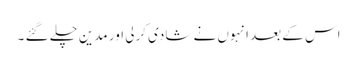
اس کے بعد انہوں نے شادی کرلی اور مدین چلے گئے ۔